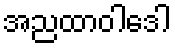
အညထာဝါဒေါ